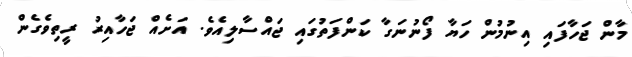
މާން ޖަހާފައި އިނުމުން ހަޔާ ފޯނުނަގާ ކަންފަތުގައި ޖައްސާލިއެވެ. އަށެއް ޖަހާއިރު ރީތިވެގެން